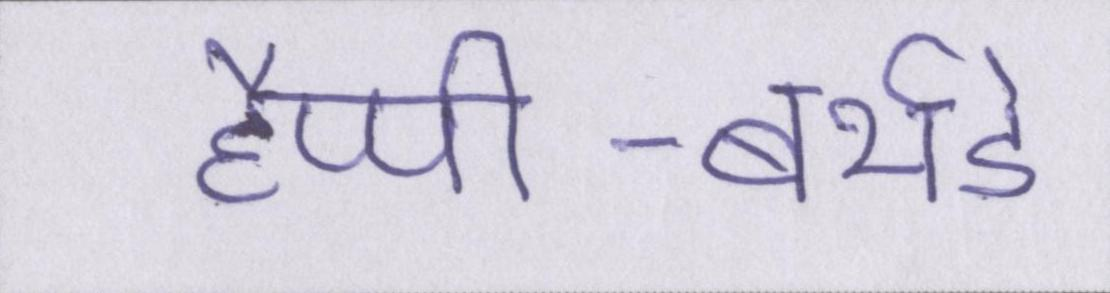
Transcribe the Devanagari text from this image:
हैप्पी-बर्थडे